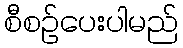
စီစဉ်ပေးပါမည်